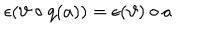
\epsilon ( \vartheta \circ q ( a ) ) = \epsilon ( \vartheta ) \circ a